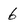
Character: 6